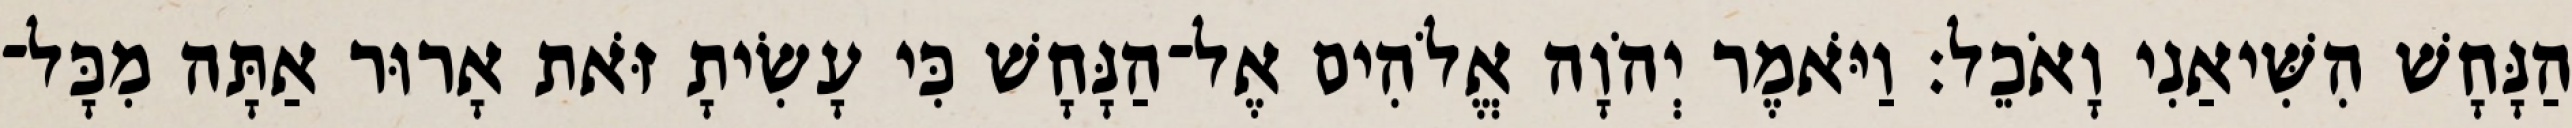
הַנָּחָשׁ הִשִּׁיאַנִי וָאֹכֵל׃ וַיֹּאמֶר יְהֹוָה אֱלֹהִים אֶל־הַנָּחָשׁ כִּי עָשִׂיתָ זֹּאת אָרוּר אַתָּה מִכָּל־